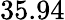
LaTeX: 35.94